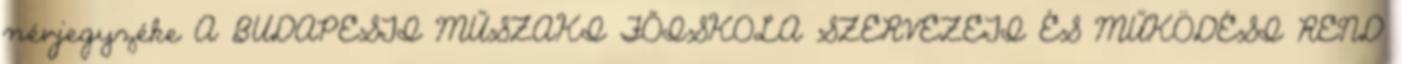
névjegyzéke A BUDAPESTI MŰSZAKI FŐISKOLA SZERVEZETI ÉS MŰKÖDÉSI REND